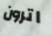
اترون